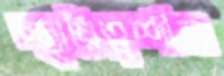
স্থায়িত্বশীল